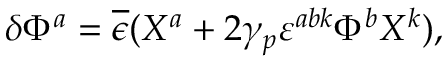
\delta \Phi ^ { a } = \overline { { \epsilon } } ( X ^ { a } + 2 \gamma _ { p } \varepsilon ^ { a b k } \Phi ^ { b } X ^ { k } ) ,